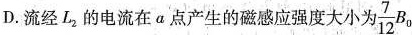
D.流经L_{2}的电流在a点产生的磁感应强度大小为\frac{7}{12}B_{0}